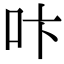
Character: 𠯴